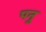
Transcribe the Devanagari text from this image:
पनु